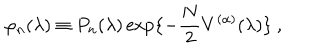
LaTeX: \varphi _ { n } ( \lambda ) \equiv P _ { n } ( \lambda ) \exp \{ - \frac { N } { 2 } V ^ { ( \alpha ) } ( \lambda ) \} \ ,